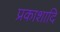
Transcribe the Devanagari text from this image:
प्रकाशादि